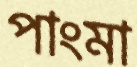
পাংমা